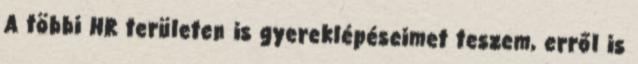
A többi HR területen is gyereklépéseimet teszem, erről is